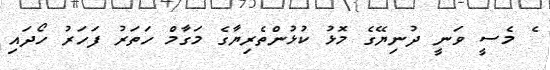
ެ މެސީ ވަނީ ދުނިޔޭގެ މޮޅު ކުޅުންތެރިޔާގެ މަގާމް ހަތަރު ފަހަރު ހޯދައި